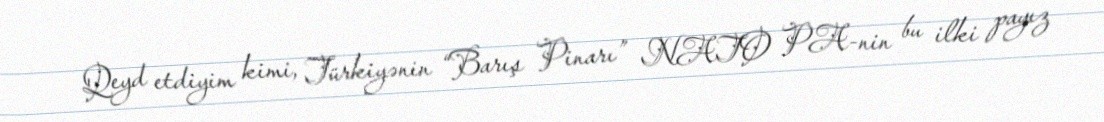
Qeyd etdiyim kimi, Türkiyənin “Barış Pinarı” NATO PA-nin bu ilki payız